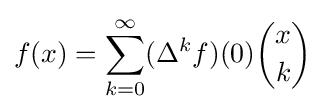
f(x)=\sum _{k=0}^{\infty }(\Delta ^{k}f)(0){x \choose k}